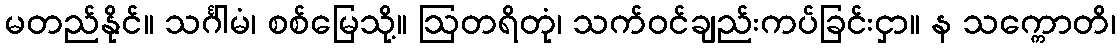
မတည်နိုင်။ သင်္ဂါမံ၊ စစ်မြေသို့။ ဩတရိတုံ၊ သက်ဝင်ချည်းကပ်ခြင်းငှာ။ န သက္ကောတိ၊